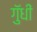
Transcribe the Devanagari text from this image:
गुॅधीं